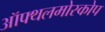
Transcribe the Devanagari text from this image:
ऑफ्थलमोस्कोप